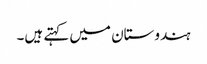
ہندوستان میں کہتے ہیں۔